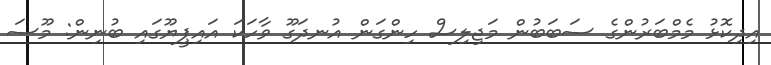
އިދިކޮޅު މެމްބަރުންގެ ސަބަބުން މަޖިލިސް ހިންގަން އުނދަގޫ ވާހަކަ އައިޕީޔޫގައި ބުނިން: މޫސަ